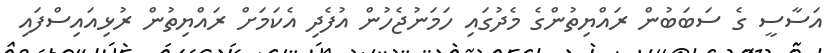
އަސާސީ ގެ ސަބަބުން ރައްޔިތުންގެ މެދުގައި ހަމަނުޖެހުން އުފެދި އެކަމަށް ރައްޔިތުން ރުޅިއައިސްފައި